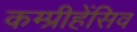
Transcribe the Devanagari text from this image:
कम्प्रीहेंसिव